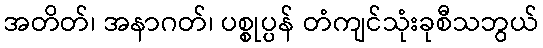
အတိတ်၊ အနာဂတ်၊ ပစ္စုပ္ပန် တံကျင်သုံးခုစီသဘွယ်